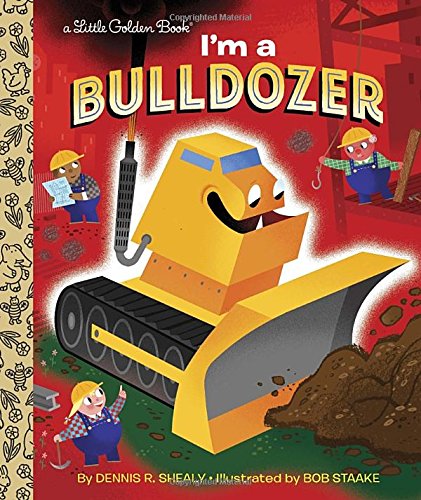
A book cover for I'm a Bulldozer (Little Golden Book); Dennis Shealy; Children's Books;